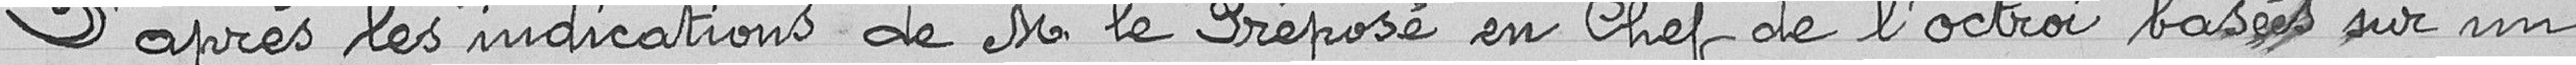
D’après les indications de monsieur le préposé en chef de l’octroi basées sur un